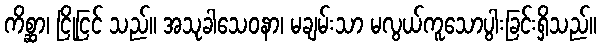
ကိစ္ဆာ၊ ငြိုငြင် သည်။ အသုခါသေဝနာ၊ မချမ်းသာ မလွယ်ကူသောပွါးခြင်းရှိသည်။